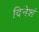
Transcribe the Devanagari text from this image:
दिनेशं